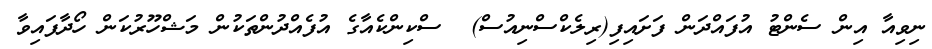
ނިވިއާ އިން ސެންޓު އުފައްދަން ފަށައިފި(ރިލެކްސްނިއުސް)  ސްކިންކެއާގެ އުފެއްދުންތަކުން މަޝްހޫރުކަން ހޯދާފައިވާ